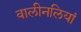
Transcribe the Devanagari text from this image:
वालीनलियां